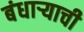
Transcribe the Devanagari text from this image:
बंधार्‍याची